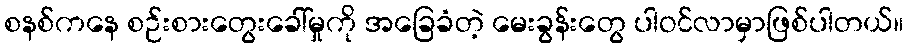
စနစ်ကနေ စဉ်းစားတွေးခေါ်မှုကို အခြေခံတဲ့ မေးခွန်းတွေ ပါဝင်လာမှာဖြစ်ပါတယ်။